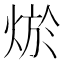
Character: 𤉪